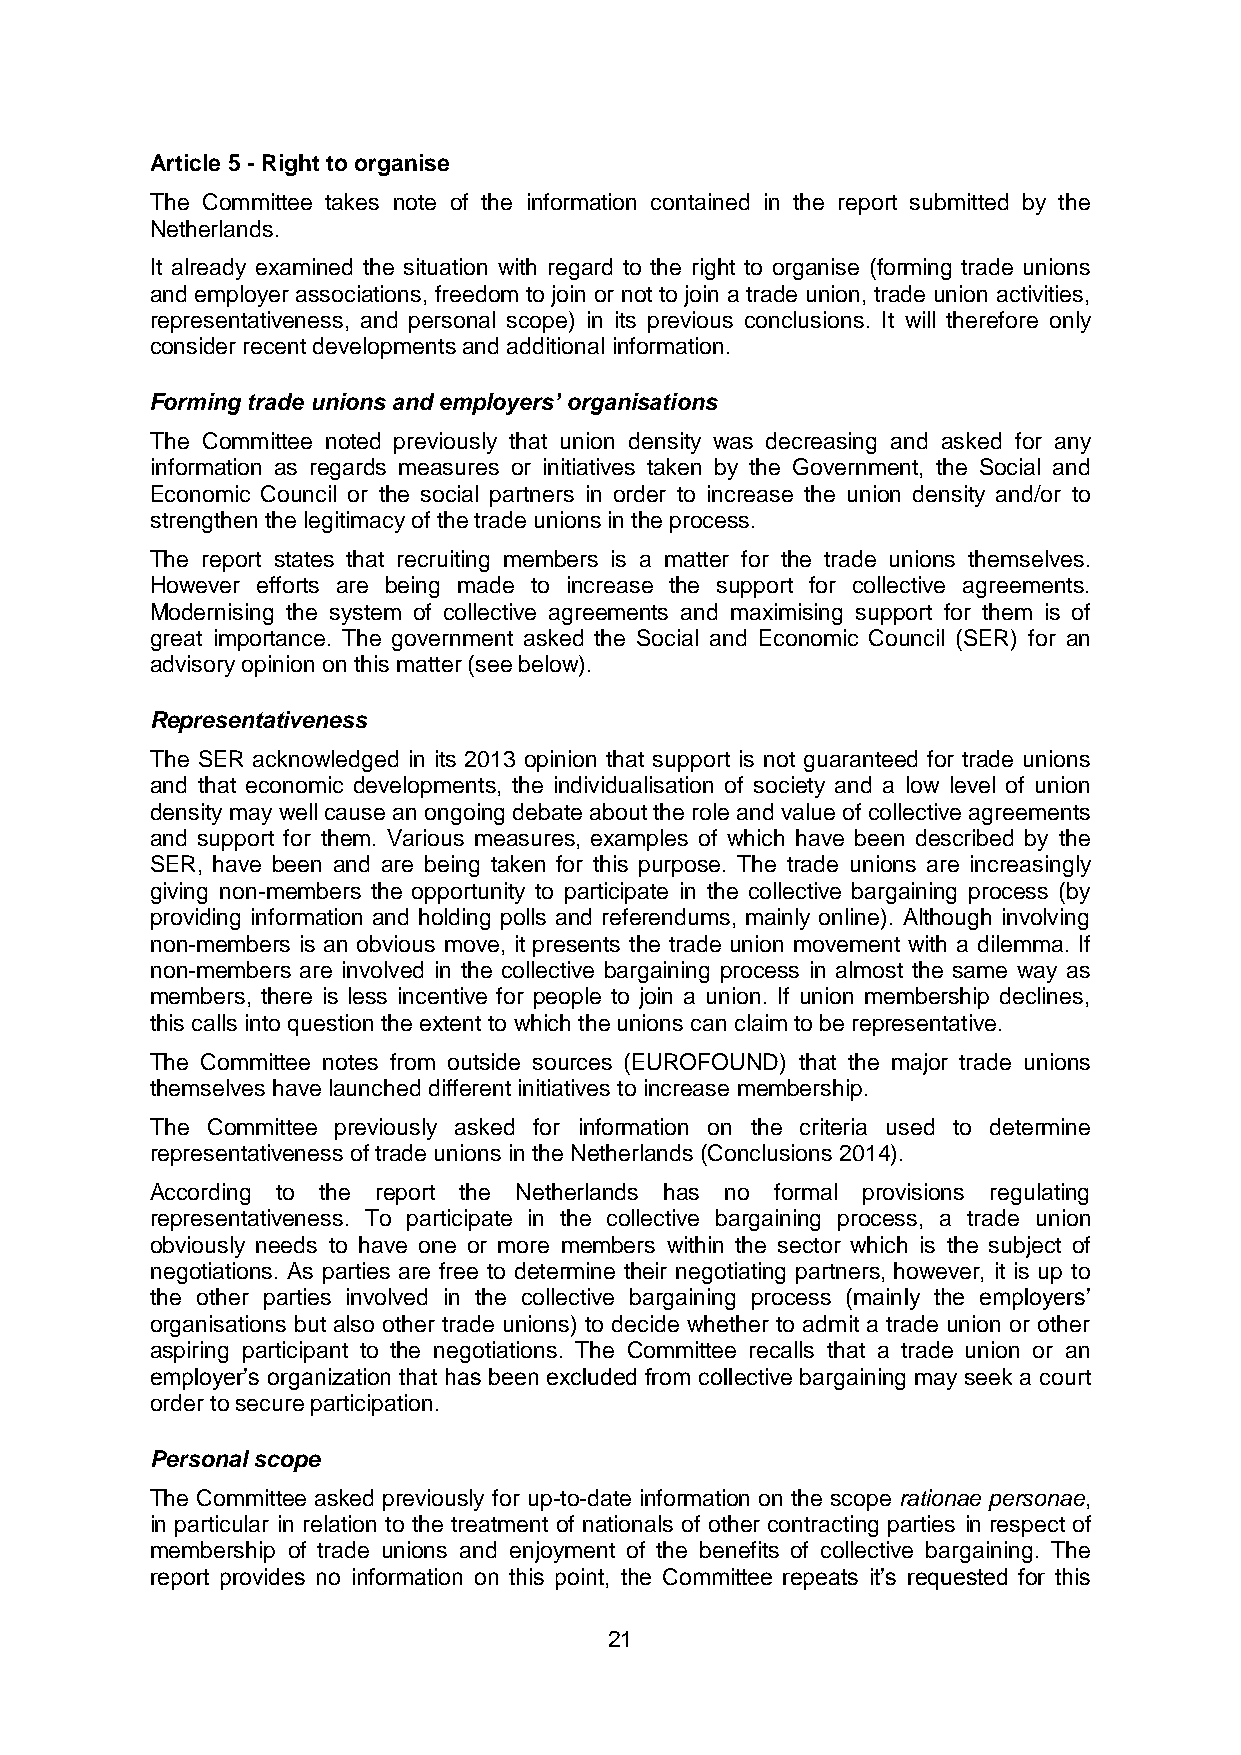
Article 5 - Right to organise
 The Committee takes note of the information contained in the report submitted by the
 Netherlands.
 It already examined the situation with regard to the right to organise (forming trade unions
 and employer associations, freedom to join or not to join a trade union, trade union activities,
 representativeness, and personal scope) in its previous conclusions. It will therefore only
 consider recent developments and additional information.
 Forming trade unions and employers’ organisations
 The Committee noted previously that union density was decreasing and asked for any
 information as regards measures or initiatives taken by the Government, the Social and
 Economic Council or the social partners in order to increase the union density and/or to
 strengthen the legitimacy of the trade unions in the process.
 The report states that recruiting members is a matter for the trade unions themselves.
 However efforts are being made to increase the support for collective agreements.
 Modernising the system of collective agreements and maximising support for them is of
 great importance. The government asked the Social and Economic Council (SER) for an
 advisory opinion on this matter (see below).
 Representativeness
 The SER acknowledged in its 2013 opinion that support is not guaranteed for trade unions
 and that economic developments, the individualisation of society and a low level of union
 density may well cause an ongoing debate about the role and value of collective agreements
 and support for them. Various measures, examples of which have been described by the
 SER, have been and are being taken for this purpose. The trade unions are increasingly
 giving non-members the opportunity to participate in the collective bargaining process (by
 providing information and holding polls and referendums, mainly online). Although involving
 non-members is an obvious move, it presents the trade union movement with a dilemma. If
 non-members are involved in the collective bargaining process in almost the same way as
 members, there is less incentive for people to join a union. If union membership declines,
 this calls into question the extent to which the unions can claim to be representative.
 The Committee notes from outside sources (EUROFOUND) that the major trade unions
 themselves have launched different initiatives to increase membership.
 The Committee previously asked for information on the criteria used to determine
 representativeness of trade unions in the Netherlands (Conclusions 2014).
 According to the report the Netherlands has no formal provisions regulating
 representativeness. To participate in the collective bargaining process, a trade union
 obviously needs to have one or more members within the sector which is the subject of
 negotiations. As parties are free to determine their negotiating partners, however, it is up to
 the other parties involved in the collective bargaining process (mainly the employers’
 organisations but also other trade unions) to decide whether to admit a trade union or other
 aspiring participant to the negotiations. The Committee recalls that a trade union or an
 employer’s organization that has been excluded from collective bargaining may seek a court
 order to secure participation.
 Personal scope
 The Committee asked previously for up-to-date information on the scope rationae personae,
 in particular in relation to the treatment of nationals of other contracting parties in respect of
 membership of trade unions and enjoyment of the benefits of collective bargaining. The
 report provides no information on this point, the Committee repeats it’s requested for this
 21